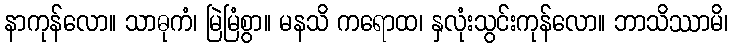
နာကုန်လော။ သာဓုကံ၊ မြဲမြံစွာ။ မနသိ ကရောထ၊ နှလုံးသွင်းကုန်လော။ ဘာသိဿာမိ၊